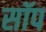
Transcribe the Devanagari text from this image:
सॉप